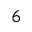
6